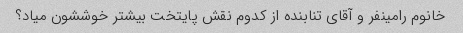
خانوم رامینفر و آقای تنابنده از کدوم نقش پایتخت بیشتر خوششون میاد؟